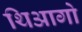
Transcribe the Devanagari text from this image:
थिआगो